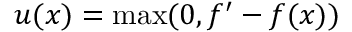
u ( x ) = \operatorname* { m a x } ( 0 , f ^ { \prime } - f ( x ) )